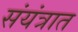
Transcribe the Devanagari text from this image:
संयंत्रात